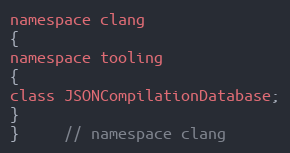
Language: C
namespace clang
{
namespace tooling
{
class JSONCompilationDatabase;
}
}	 // namespace clang